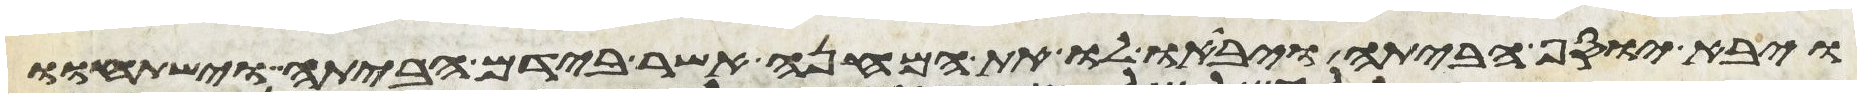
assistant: ויבא יוסף הביתה ויביאו לו את המנחה אשר בידם הביתה וישתחוו